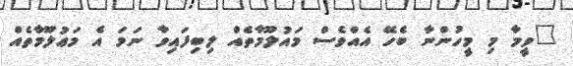
"ވީމާ މި މީހުންނާ ބެހޭ އެއްވެސް މައުލޫމާތެއް ލިބިފައިވާ ނަމަ އެ މަޢުލޫމާތެއް